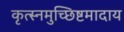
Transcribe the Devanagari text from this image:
कृत्स्नमुच्छिष्टमादाय